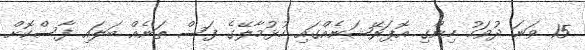
15 ވަނަ ދުވަހު ހިންގި އޮޕަރޭޝަނެއްގައި ހުޅުމާލޭގެ ފަސް ތަނެއް ބަލައި ފާސްކޮށް